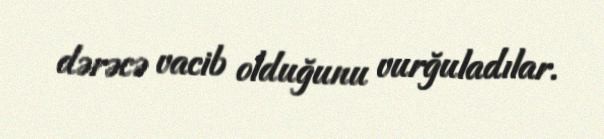
dərəcə vacib olduğunu vurğuladılar.